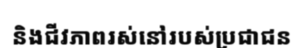
និងជីវភាពរស់នៅរបស់ប្រជាជន